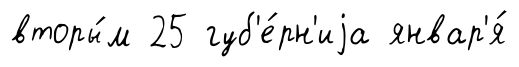
вторы́м 25 губ'е́рн'иjа январ'я́